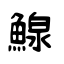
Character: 鰁